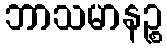
ဘာသမာနဉ္စ